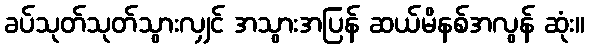
ခပ်သုတ်သုတ်သွားလျှင် အသွားအပြန် ဆယ်မိနစ်အလွန် ဆုံး။